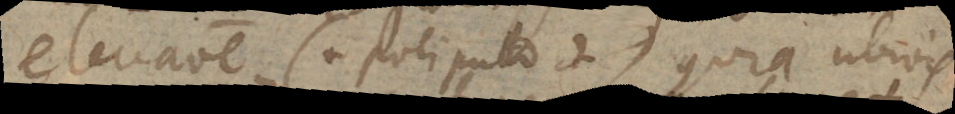
elevatione (+ poli puto +) quia ubivis